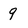
Character: 9